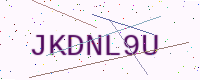
Text: JKDNL9U